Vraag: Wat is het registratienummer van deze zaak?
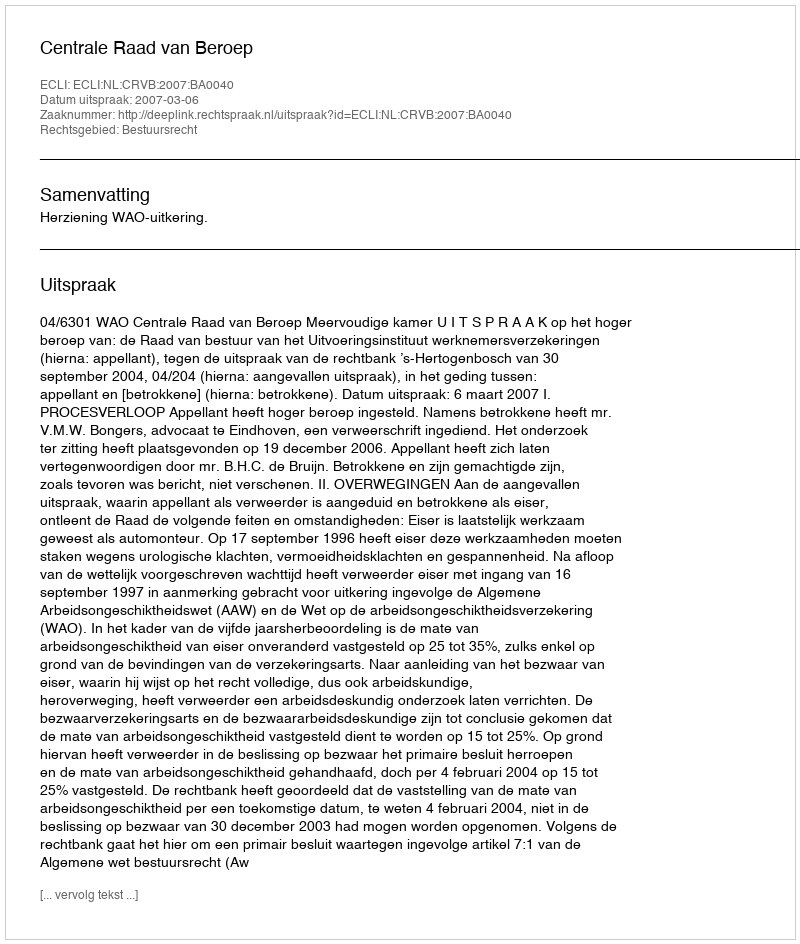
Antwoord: http://deeplink.rechtspraak.nl/uitspraak?id=ECLI:NL:CRVB:2007:BA0040